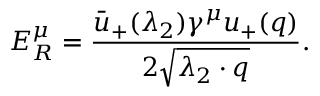
E _ { R } ^ { \mu } = { \frac { \bar { u } _ { + } ( \lambda _ { 2 } ) \gamma ^ { \mu } u _ { + } ( q ) } { 2 \sqrt { \lambda _ { 2 } \cdot q } } } .